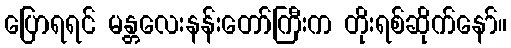
ပြောရရင် မန္တလေးနန်းတော်ကြီးက တိုးရစ်ဆိုက်နော်။